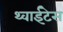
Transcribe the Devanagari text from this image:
थ्वाईटेस